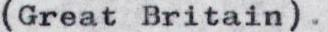
(GreatBritain).